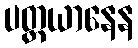
ပတ္ထယာနေန